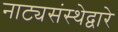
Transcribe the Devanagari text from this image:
नाट्यसंस्थेद्वारे